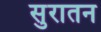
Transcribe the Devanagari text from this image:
सुरातन